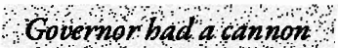
Governor had a cannon